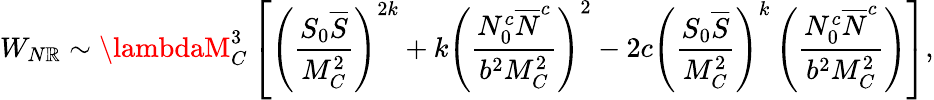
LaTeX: W_{N\mathbb{R}}\sim\lambdaM_{C}^{3}\left[\left(\frac{{S_{0}{\overline{{{S}}}}}}{{M_{C}^{2}}}\right)^{2k}+k\left(\frac{{N_{0}^{c}{\overline{{{N}}}^{c}}}}{{b^{2}M_{C}^{2}}}\right)^{2}-2c\left(\frac{{S_{0}{\overline{{{S}}}}}}{{M_{C}^{2}}}\right)^{k}\left(\frac{{N_{0}^{c}{\overline{{{N}}}^{c}}}}{{b^{2}M_{C}^{2}}}\right)\right],